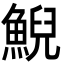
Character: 鯢